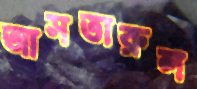
আসতারুল